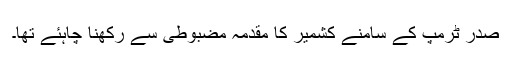
صدر ٹرمپ کے سامنے کشمیر کا مقدمہ مضبوطی سے رکھنا چاہئے تھا۔